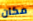
مكان